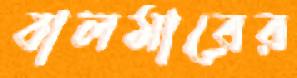
বালমারের